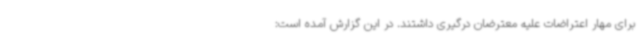
برای مهار اعتراضات علیه معترضان درگیری داشتند. در این گزارش آمده است: